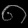
Digit: ၈